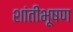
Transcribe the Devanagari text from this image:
शांतीभूषण